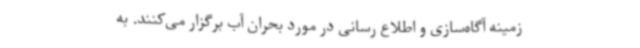
زمینه آگاه‌سازی و اطلاع‌ رسانی در مورد بحران آب برگزار می‌کنند. به